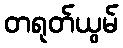
တရုတ်ယွမ်